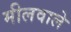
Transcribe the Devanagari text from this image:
मीलवाले